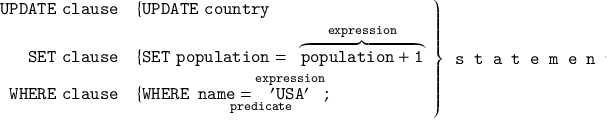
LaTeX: \left. { \begin{array} { r l } { \textstyle { \mathtt { U P D A T E ~ c l a u s e } } } & { \{ { \mathtt { U P D A T E \ c o u n t r y } } } \\ { \textstyle { \mathtt { S E T ~ c l a u s e } } } & { \{ { \mathtt { S E T \ p o p u l a t i o n = ~ } } \overbrace { \mathtt { p o p u l a t i o n + 1 } } ^ { \mathtt { e x p r e s s i o n } } } \\ { \textstyle { \mathtt { W H E R E ~ c l a u s e } } } & { \{ { \mathtt { W H E R E \ \underbrace { { n a m e = } \overbrace { ' U S A ^ { \prime } } ^ { e x p r e s s i o n } } _ { p r e d i c a t e } ; } } } \end{array} } \right\} { \textstyle { \texttt { s t a t e m e n t } } }